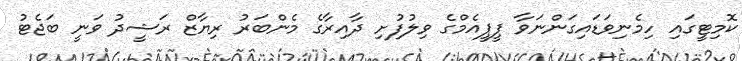
ކޮމިޓީގައި ހިމެނިވަޑައިގަންނަވާ ޕީޕީއެމްގެ ވިލުފުށި ދާއިރާގެ މެންބަރު ރިޔާޒް ރަޝީދު ވަނީ ބަޖެޓު